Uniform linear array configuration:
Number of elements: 8
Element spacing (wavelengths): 0.5
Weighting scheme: exponential
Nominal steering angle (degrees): -30
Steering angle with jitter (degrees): -30.396
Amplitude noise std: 0.05
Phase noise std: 0.05

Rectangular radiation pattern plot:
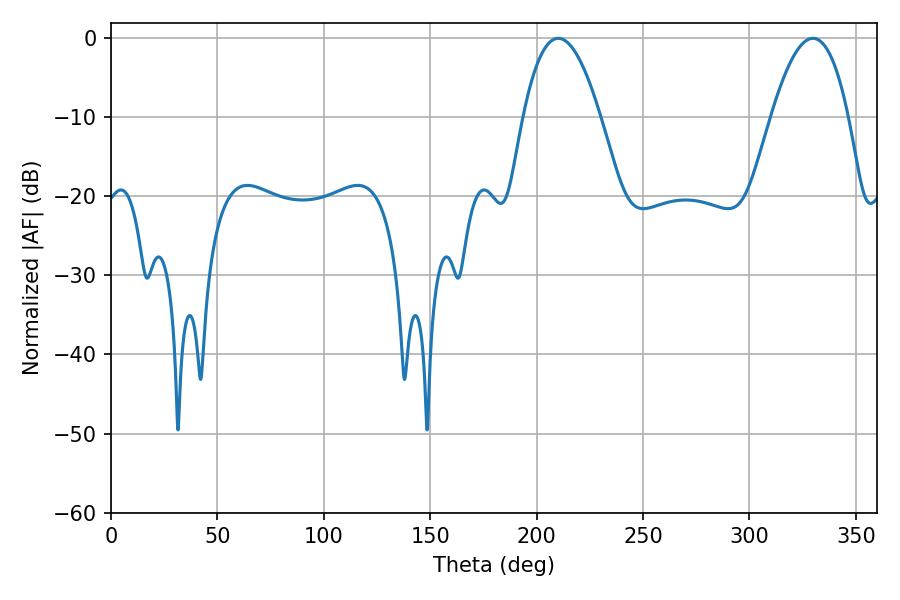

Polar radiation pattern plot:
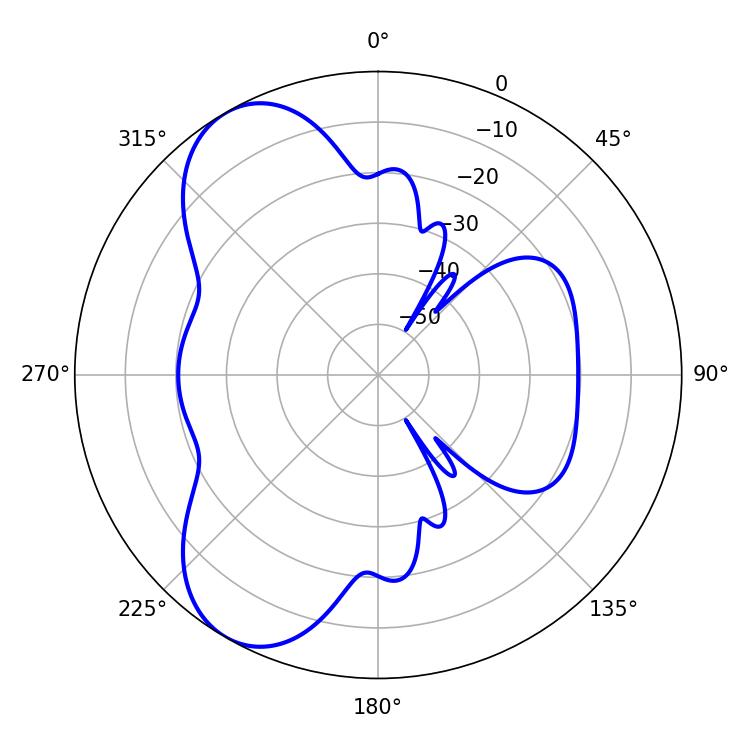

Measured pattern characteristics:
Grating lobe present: FALSE
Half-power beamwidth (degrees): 19.98
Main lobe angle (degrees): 210.24